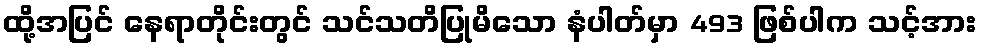
ထို့အပြင် နေရာတိုင်းတွင် သင်သတိပြုမိသော နံပါတ်မှာ 493 ဖြစ်ပါက သင့်အား